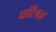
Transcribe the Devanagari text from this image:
चरित्रत